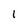
Character: l